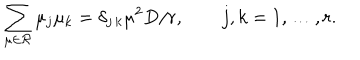
\sum _ { \mu \in { \cal R } } \mu _ { j } \mu _ { k } = \delta _ { j \, k } \mu ^ { 2 } D / r , \qquad j , k = 1 , \ldots , r .